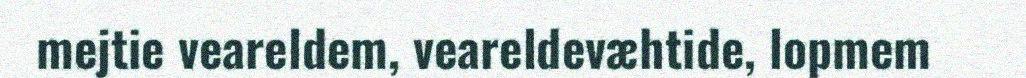
mejtie veareldem, veareldevæhtide, lopmem